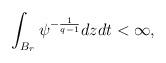
LaTeX: \begin{align*}\int_{B_r} \psi^{-\frac{1}{q-1}} dzdt < \infty,\ \end{align*}